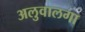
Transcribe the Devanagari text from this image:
अलुवालगा